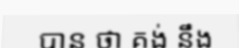
បាន ថា គង់ នឹង